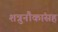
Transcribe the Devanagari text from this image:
शत्रुनौकांसह